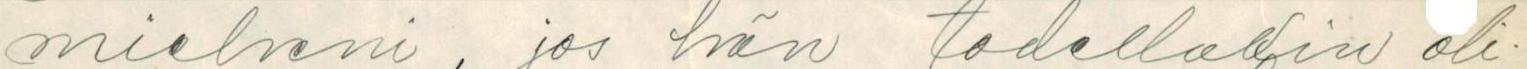
mieheni, jos hän todellakin oli-